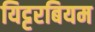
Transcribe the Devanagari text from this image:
यिट्टरबियम